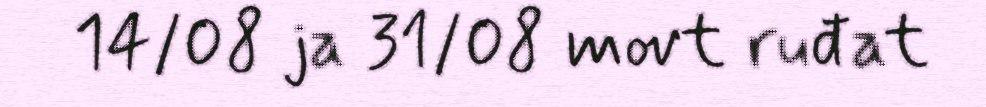
14/08 ja 31/08 movt ruđat